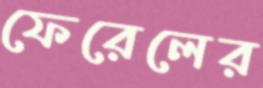
ফেরেলের